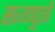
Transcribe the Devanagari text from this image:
सत्यपुत्रों